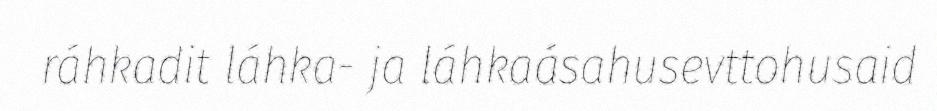
ráhkadit láhka- ja láhkaásahusevttohusaid